Indian journal of veterinary science and animal husbandry - Volume 8,
Year: 1938
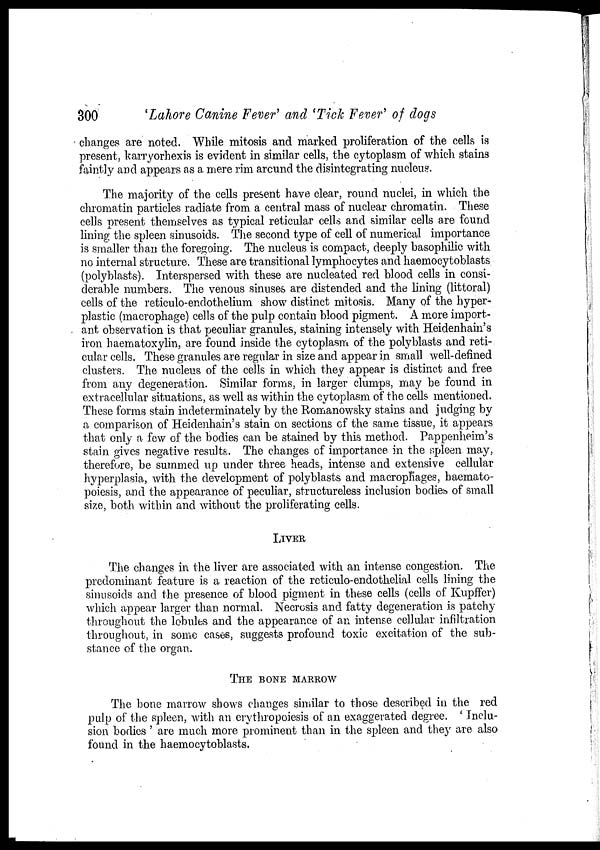
300
'Lahore Canine Fever' and 'Tick Fever' of dogs
changes are noted. While mitosis and marked proliferation of the cells is
present, karryorhexis is evident in similar cells, the cytoplasm of which stains
faintly and appears as a mere rim around the disintegrating nucleus.
The majority of the cells present have clear, round nuclei, in which the
chromatin particles radiate from a central mass of nuclear chromatin. These
cells present themselves as typical reticular cells and similar cells are found
lining the spleen sinusoids. The second type of cell of numerical importance
is smaller than the foregoing. The nucleus is compact, deeply basophilic with
no internal structure. These are transitional lymphocytes and haemocytoblasts
(polyblasts). Interspersed with these are nucleated red blood cells in consi-
derable numbers. The venous sinuses are distended and the lining (littoral)
cells of the reticulo-endothelium show distinct mitosis. Many of the hyper-
plastic (macrophage) cells of the pulp contain blood pigment. A more import-
ant observation is that peculiar granules, staining intensely with Heidenhain's
iron haematoxylin, are found inside the cytoplasm of the polyblasts and reti-
cular cells. These granules are regular in size and appear in small well-defined
clusters. The nucleus of the cells in which they appear is distinct and free
from any degeneration. Similar forms, in larger clumps, may be found in
extracellular situations, as well as within the cytoplasm of the cells mentioned.
These forms stain indeterminately by the Romanowsky stains and judging by
a comparison of Heidenhain's stain on sections of the same tissue, it appears
that only a few of the bodies can be stained by this method. Pappenheim's
stain gives negative results. The changes of importance in the spleen may,
therefore, be summed up under three heads, intense and extensive cellular
hyperplasia, with the development of polyblasts and macrophages, haemato¬
poiesis, and the appearance of peculiar, structureless inclusion bodies of small
size, both within and without the proliferating cells.
LIVER
The changes in the liver are associated with an intense congestion. The
predominant feature is a reaction of the reticulo-endothelial cells lining the
sinusoids and the presence of blood pigment in these cells (cells of Kupffer)
which appear larger than normal. Necrosis and fatty degeneration is patchy
throughout the lobules and the appearance of an intense cellular infiltration
throughout, in some cases, suggests profound toxic excitation of the sub-
stance of the organ.
THE BONE MARROW
The bone marrow shows changes similar to those described in the red
pulp of the spleen, with an erythropoiesis of an exaggerated degree. ' Inclu-
sion bodies ' are much more prominent than in the spleen and they are also
found in the haemocytoblasts.